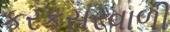
કરકસરવાળી